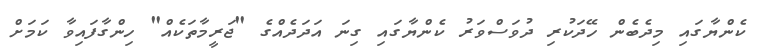
ކެންޔާގައި މިދެބެން ހޭދަކުރި ދުވަސްވަރު ކެންޔާގައި ގިނަ އަދަދެއްގެ "ޖަރީމާތަކެއް" ހިންގާފައިވާ ކަމަށް